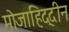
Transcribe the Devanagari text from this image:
मोजाहिद्दीन